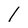
Character: l